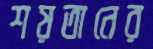
শয়তানের